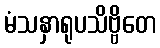
မံသနှာရုပသိဗ္ဗိတေ